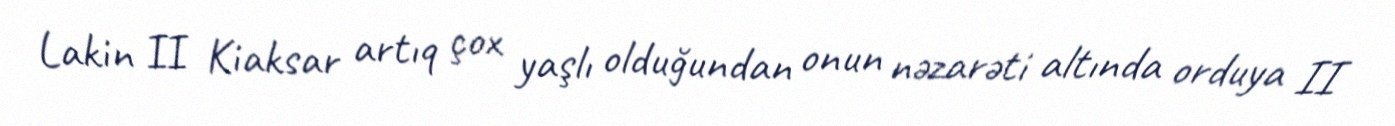
Lakin II Kiaksar artıq çox yaşlı olduğundan onun nəzarəti altında orduya II